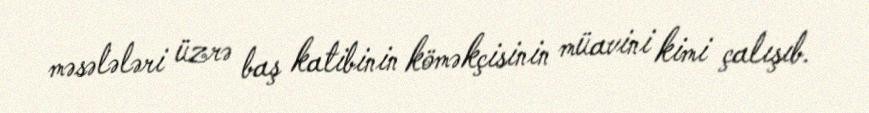
məsələləri üzrə baş katibinin köməkçisinin müavini kimi çalışıb.